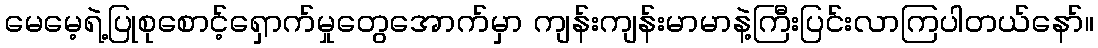
မေမေ့ရဲ့ပြုစုစောင့်ရှောက်မှုတွေအောက်မှာ ကျန်းကျန်းမာမာနဲ့ကြီးပြင်းလာကြပါတယ်နော်။